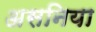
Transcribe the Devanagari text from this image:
असनिया